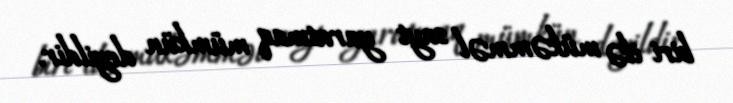
biri ilə mükəmməl sayt yaratmaq mümkün deyildir.